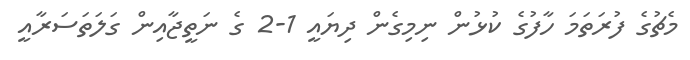
މެޗުގެ ފުރަތަމަ ހާފުގެ ކުޅުން ނިމިގެން ދިޔައީ 1-2 ގެ ނަތީޖާއިން ގަލަތަސަރާއީ